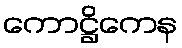
ကောဋ္ဌိကေန